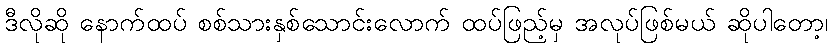
ဒီလိုဆို နောက်ထပ် စစ်သားနှစ်သောင်းလောက် ထပ်ဖြည့်မှ အလုပ်ဖြစ်မယ် ဆိုပါတော့၊